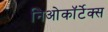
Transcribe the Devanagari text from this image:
निओकॉर्टेक्स